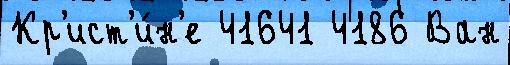
Кр'ист'и́н'е 41641 4186 Ван